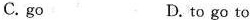
C. go D. to go to